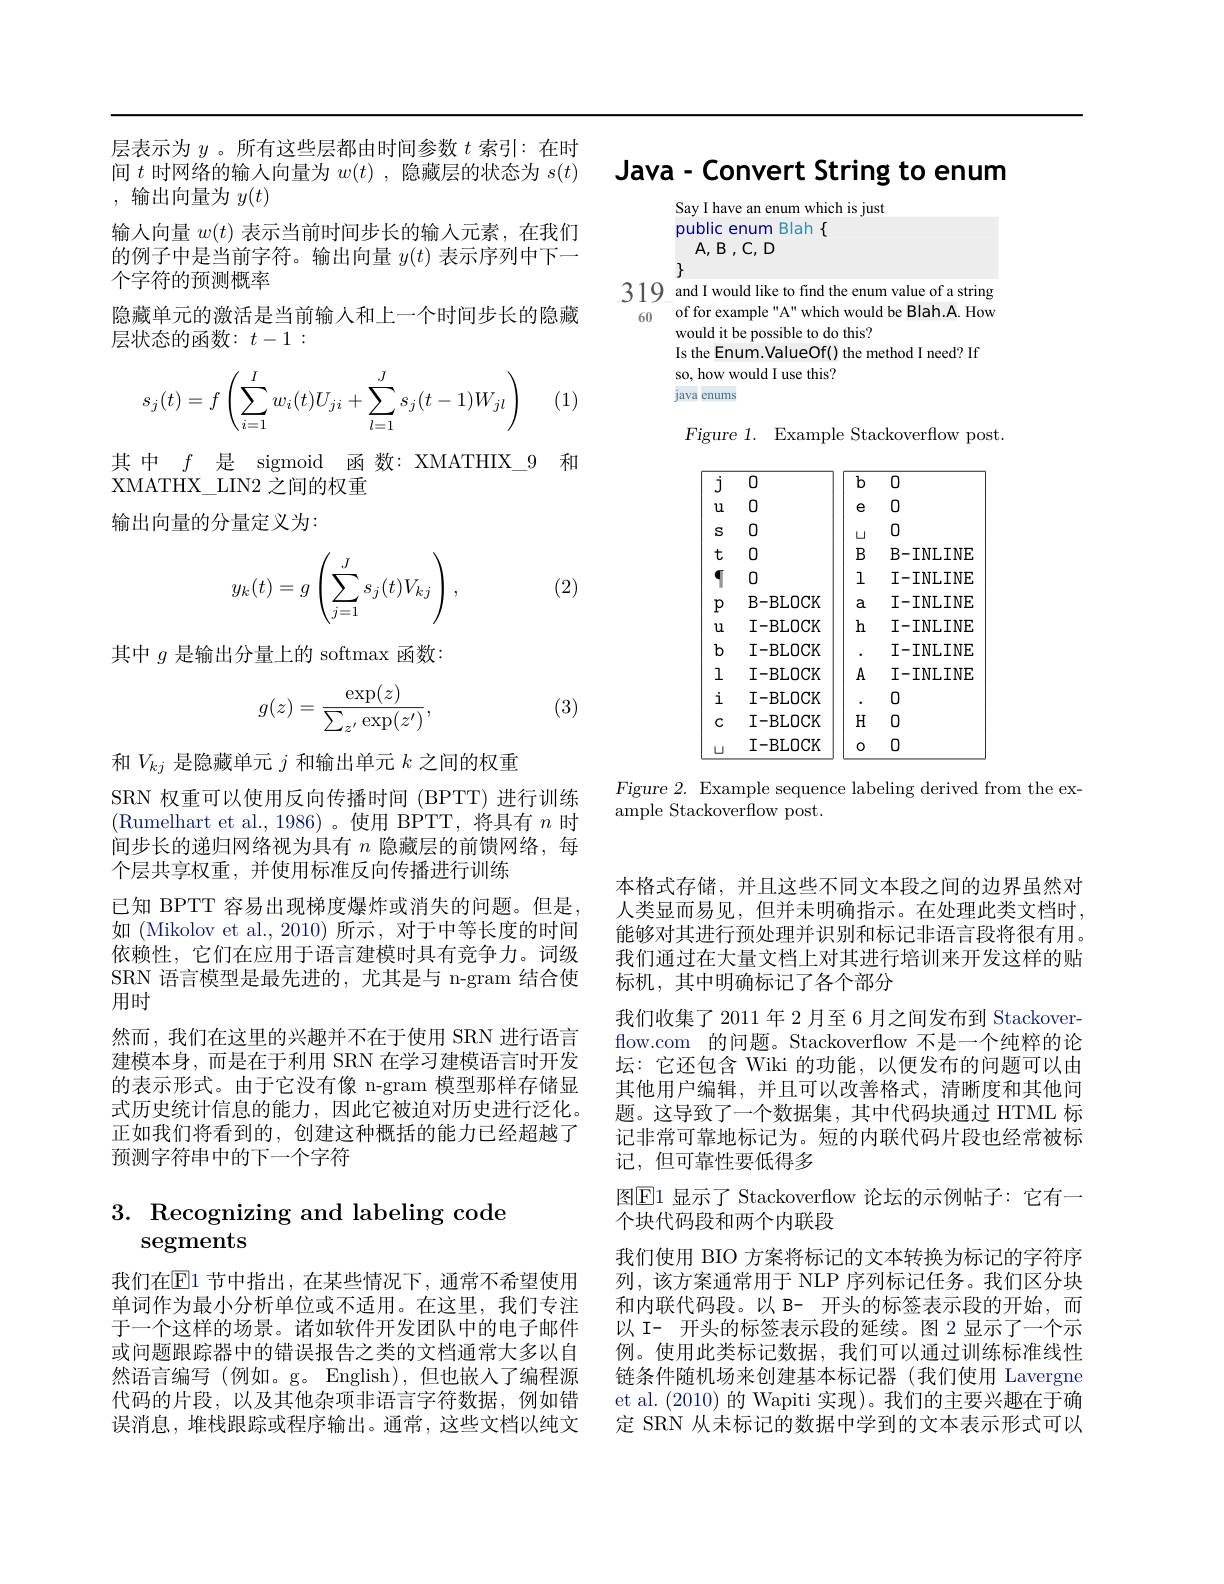
层表示为$y$ 。所有这些层都由时间参数$t$索引：在时间$t$时网络的输入向量为$w(t)$ ,隐藏层的状态为$s(t)$ , 输出向量为$y(t)$
输入向量$w(t)$表示当前时间步长的输入元素，在我们的例子中是当前字符。输出向量$y(t)$表示序列中下一个字符的预测概率
隐藏单元的激活是当前输入和上一个时间步长的隐藏
层状态的函数：$t-1:$
$$s_j(t)=f\left(\sum_{i=1}^Iw_i(t)U_{ji}+\sum_{l=1}^Js_j(t-1)W_{jl}\right)$$
(1)

其中$f$是 sigmoid 函数：XMATHIX\_9 和
XMATHX\_LIN2 之间的权重

输出向量的分量定义为：

(2)
$$y_k(t)=g\left(\sum_{j=1}^Js_j(t)V_{kj}\right),$$
其中$g$是输出分量上的 softmax 函数：

(3)
$$g(z)=\frac{\exp(z)}{\sum_{z'}\exp(z')},$$
和$V_{kj}$是隐藏单元$j$和输出单元$k$之间的权重
SRN 权重可以使用反向传播时间 (BPTT) 进行训练(Rumelhart et al.,1986)。使用 BPTT,将具有$n$时间步长的递归网络视为具有$n$隐藏层的前馈网络，每个层共享权重，并使用标准反向传播进行训练
已知 BPTT 容易出现梯度爆炸或消失的问题。但是如 (Mikolov et al.,2010) 所示，对于中等长度的时间依赖性，它们在应用于语言建模时具有竞争力。词级SRN 语言模型是最先进的，尤其是与 n-gram 结合使用时
然而，我们在这里的兴趣并不在于使用 SRN 进行语言建模本身，而是在于利用 SRN 在学习建模语言时开发的表示形式。由于它没有像 n-gram 模型那样存储显式历史统计信息的能力，因此它被迫对历史进行泛化。正如我们将看到的，创建这种概括的能力已经超越了预测字符串中的下一个字符

## 3. Recognizing and labeling code segments

我们在$\mathbb{E}$1 节中指出，在某些情况下，通常不希望使用单词作为最小分析单位或不适用。在这里，我们专注于一个这样的场景。诸如软件开发团队中的电子邮件或问题跟踪器中的错误报告之类的文档通常大多以自然语言编写(例如。g。English),但也嵌入了编程源代码的片段，以及其他杂项非语言字符数据，例如错误消息，堆栈跟踪或程序输出。通常，这些文档以纯文

# Java- Convert String to enum

Say I have an enum which is just
public enum Blah $\{$
$A,B,C,D$
$\}$
319 and I would like to find the enum value of a string 60 of for example "A" which would be Blah.A. How
would it be possible to do this?
Is the Enum.ValueOf() the method I need? If
so, how would I use this?
java enumstion $f(x)=-\frac{1}{2}$

Figure 1. Example Stackoverflow post.

Figure 2. Example sequence labeling derived from the ex-
ample Stackoverflow post.

本格式存储，并且这些不同文本段之间的边界虽然对人类显而易见，但并未明确指示。在处理此类文档时， 能够对其进行预处理并识别和标记非语言段将很有用。我们通过在大量文档上对其进行培训来开发这样的贴标机，其中明确标记了各个部分
我们收集了 2011 年 2 月至 6 月之间发布到 Stackoverflow.com 的问题。Stackoverflow 不是一个纯粹的论坛：它还包含 Wiki 的功能，以便发布的问题可以由其他用户编辑，并且可以改善格式，清晰度和其他问题。这导致了一个数据集，其中代码块通过 HTML 标记非常可靠地标记为。短的内联代码片段也经常被标记，但可靠性要低得多
图$\mathbb{E}$1 显示了 Stackoverflow 论坛的示例帖子：它有一
个块代码段和两个内联段
我们使用 BIO 方案将标记的文本转换为标记的字符序列，该方案通常用于 NLP 序列标记任务。我们区分块和内联代码段。以 B- 开头的标签表示段的开始，而以 I- 开头的标签表示段的延续。图 2 显示了一个示例。使用此类标记数据，我们可以通过训练标准线性链条件随机场来创建基本标记器(我们使用 Lavergne et al. (2010) 的 Wapiti 实现)。我们的主要兴趣在于确定 SRN 从未标记的数据中学到的文本表示形式可以